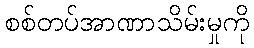
စစ်တပ်အာဏာသိမ်းမှုကို